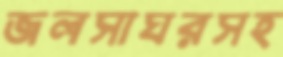
জলসাঘরসহ